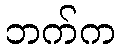
ဘက်က